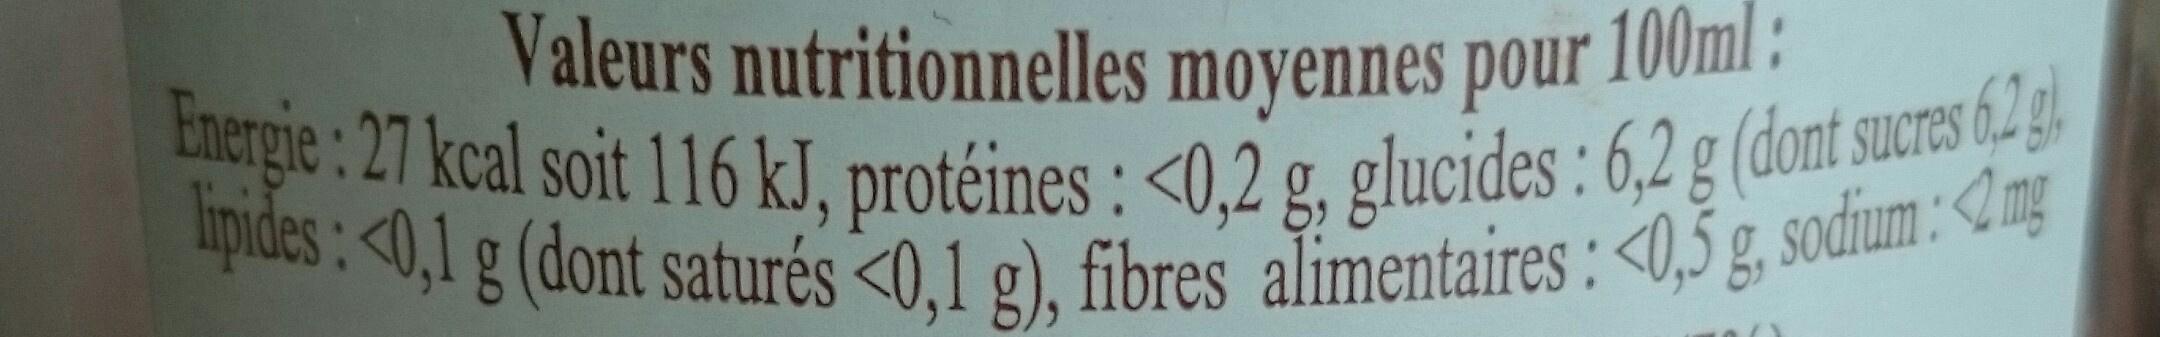
Valeurs nutritionnelles moyennes pour 100ml: Energie: 27 kcal soit 116 kJ, protéines : <0,2 g, glucides: 6,2 g (dont sucres 62 g lipides: <0,1 g (dont saturés <0,1 g), fibres alimentaires: <0,5 g, sodium: 2mg